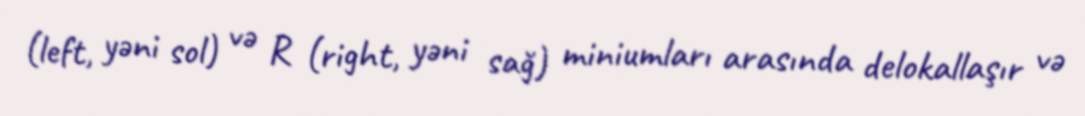
(left, yəni sol) və R (right, yəni sağ) miniumları arasında delokallaşır və